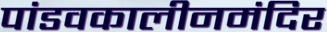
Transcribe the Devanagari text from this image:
पांडवकालीनमंदिर